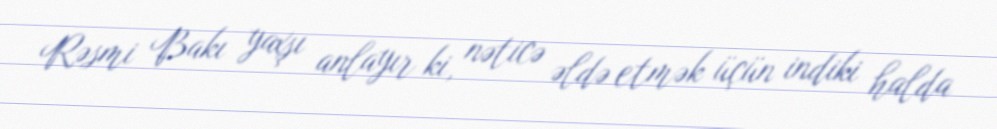
Rəsmi Bakı yaxşı anlayır ki, nəticə əldə etmək üçün indiki halda